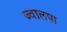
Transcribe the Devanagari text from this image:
ज्वालपा